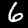
Digit: 6